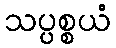
သပ္ပစ္စယံ